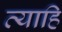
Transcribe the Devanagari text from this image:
त्याहि